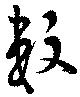
數